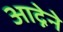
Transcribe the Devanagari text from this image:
आद्नेने